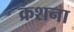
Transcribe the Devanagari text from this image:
क्रशना